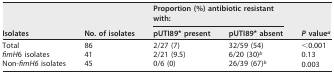
<table><thead><tr><td rowspan="2"><b>Isolates</b></td><td rowspan="2"><b>No. of isolates</b></td><td colspan="2"><b>Proportion (%) antibiotic resistant with:</b></td><td rowspan="2"><b><i>P</i> value<sup>a</sup></b></td></tr><tr><td><b>pUTI89* present</b></td><td><b>pUTI89* absent</b></td></tr></thead><tbody><tr><td>Total</td><td>86</td><td>2/27 (7)</td><td>32/59 (54)</td><td>&lt;0.001</td></tr><tr><td><i>fimH</i>6 isolates</td><td>41</td><td>2/21 (9.5)</td><td>6/20 (30)<sup>b</sup></td><td>0.13</td></tr><tr><td>Non-<i>fimH6</i> isolates</td><td>45</td><td>0/6 (0)</td><td>26/39 (67)<sup>b</sup></td><td>0.003</td></tr></tbody></table>